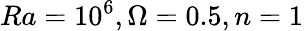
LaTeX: Ra=10^{6},\Omega=0.5,n=1